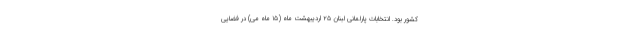
کشور بود. انتخابات پارلمانی لبنان ۲۵ اردیبهشت ماه (۱۵ ماه می) در فضایی